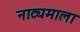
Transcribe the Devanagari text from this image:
नाट्यमाला